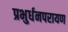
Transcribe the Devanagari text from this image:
प्रभुर्धनपरायण